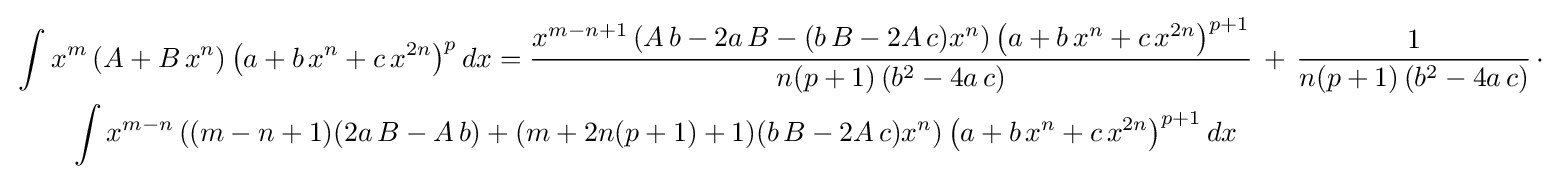
{\begin{aligned}&\int x^{m}\left(A+B\,x^{n}\right)\left(a+b\,x^{n}+c\,x^{2n}\right)^{p}dx={\frac {x^{m-n+1}\left(A\,b-2a\,B-(b\,B-2A\,c)x^{n}\right)\left(a+b\,x^{n}+c\,x^{2n}\right)^{p+1}}{n(p+1)\left(b^{2}-4a\,c\right)}}\,+\,{\frac {1}{n(p+1)\left(b^{2}-4a\,c\right)}}\,\cdot \\&\qquad \int x^{m-n}\left((m-n+1)(2a\,B-A\,b)+(m+2n(p+1)+1)(b\,B-2A\,c)x^{n}\right)\left(a+b\,x^{n}+c\,x^{2n}\right)^{p+1}dx\end{aligned}}